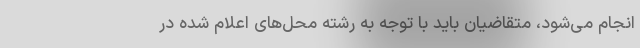
انجام می‌شود، متقاضیان باید با توجه به رشته محل‌های اعلام شده در